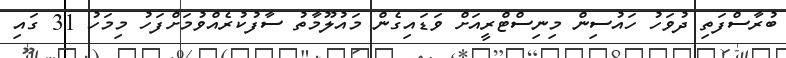
ބުރާސްފަތި ދުވަހު ހައުސިން މިނިސްޓްރީއަށް ވަޑައިގެން މައުލޫމާތު ސާފުކުރެއްވުމަށްފަހު މިމަހު 31 ގައި